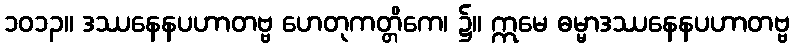
၁၀၁၃။ ဒဿနေနပဟာတဗ္ဗ ဟေတုကတ္တိကေ၊ ၌။ ဣမေ ဓမ္မာဒဿနေနပဟာတဗ္ဗ